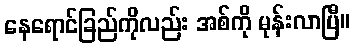
နေရောင်ခြည်ကိုလည်း အစ်ကို မုန်းလာပြီ။